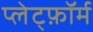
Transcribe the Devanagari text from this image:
प्लेट्फ़ॉर्म